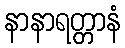
နာနာရတ္တာနံ